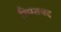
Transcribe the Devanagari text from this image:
शिस्तबद्द